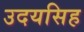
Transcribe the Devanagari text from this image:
उदयसिह